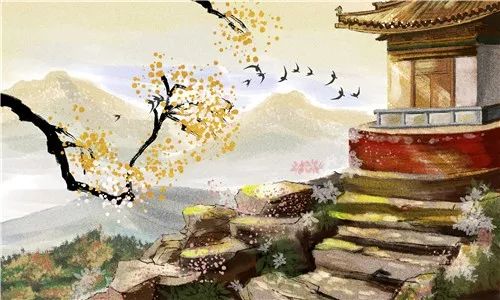
是非成败转头空。